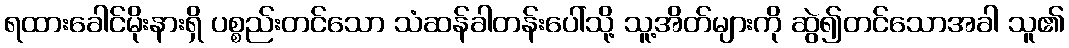
ရထားခေါင်မိုးနားရှိ ပစ္စည်းတင်သော သံဆန်ခါတန်းပေါ်သို့ သူ့အိတ်များကို ဆွဲ၍တင်သောအခါ သူ၏